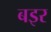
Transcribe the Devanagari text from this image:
बइर